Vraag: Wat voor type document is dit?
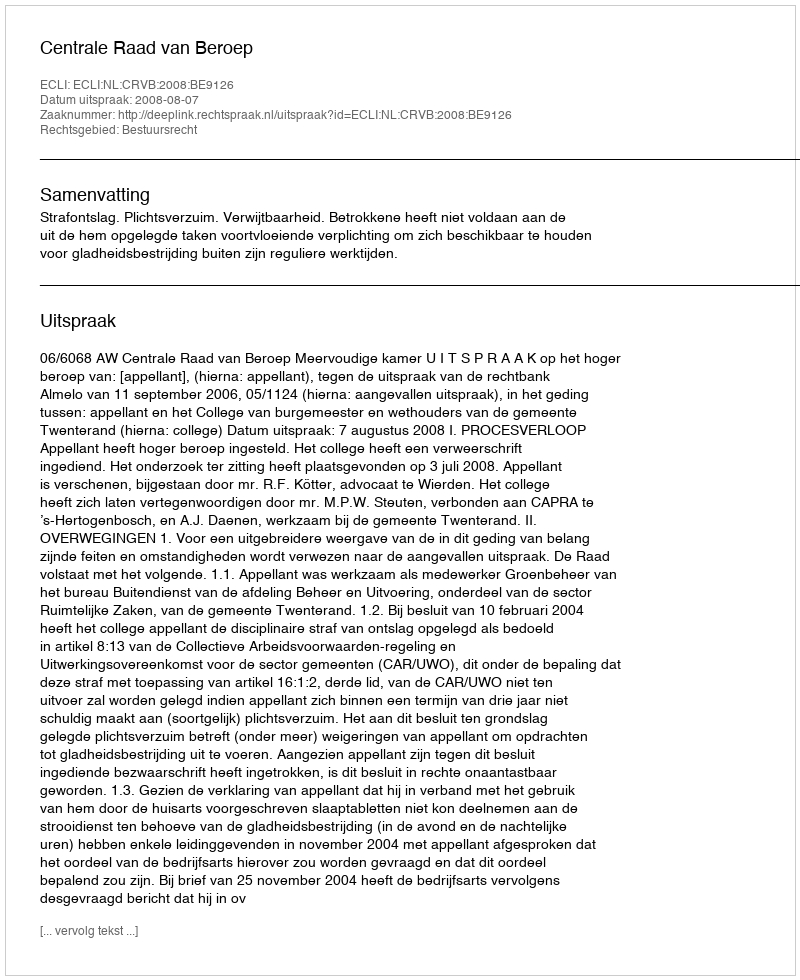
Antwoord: Uitspraak